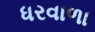
ધરવાળા